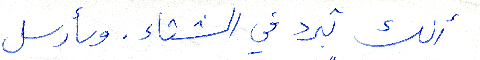
أنك تبرد في الشتاء. وسأرسل